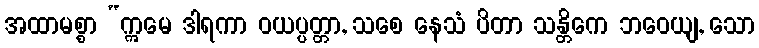
အထာမစ္စာ “ဣမေ ဒါရကာ ဝယပ္ပတ္တာ, သစေ နေသံ ပိတာ သန္တိကေ ဘဝေယျ, သော